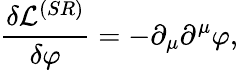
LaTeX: \frac{\delta\mathcal{L}^{(SR)}}{\delta\varphi}=-\partial_{\mu}\partial^{\mu}\varphi,